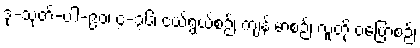
ဒု-သုတ်-ပါ-၉၀၊ ၄-၃၆၊ ငယ်ရွယ်စဉ်၊ ကျန်းမာစဉ်၊ လူတို့ ဝပြောစဉ်၊